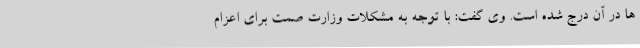
ها در آن درج شده است. وی گفت: با توجه به مشکلات وزارت صمت برای اعزام